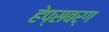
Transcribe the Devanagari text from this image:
हेप्सबर्ग